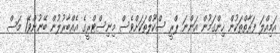
އަމިއްލަ ފަރާތްތަކުން ހިންގަމުން އަންނަ ޕްރީ ސްކޫލްތަަކަށްވެސް މިނިސްޓްރީގެ އެއްބާރުލުން ބޭނުންވޭ1 މަސް